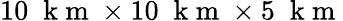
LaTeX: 10\; \mathrm{~k~m~}\times 10\; \mathrm{~k~m~}\times 5\; \mathrm{~k~m~}